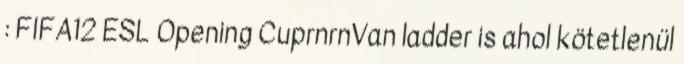
: FIFA12 ESL Opening CuprnrnVan ladder is ahol kötetlenül